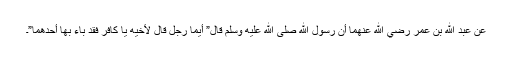
عَنْ عَبْدِ اللّٰهِ بْنِ عُمَرَ رَضِيَ اللّٰهُ عَنْهُمَا أَنَّ رَسُولَ اللّٰهِ صَلَّى اللّٰهُ عَلَيْهِ وَسَلَّمَ قَالَ” أَيُّمَا رَجُلٍ قَالَ لِأَخِيهِ يَا كَافِرُ فَقَدْ بَاءَ بِهَا أَحَدُهُمَا”۔